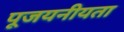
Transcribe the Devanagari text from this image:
पूजयनीयता